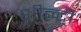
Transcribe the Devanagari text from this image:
शीन्टी